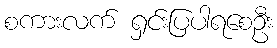
စကားလက် ရှင်းပြပါရစေဦး